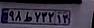
۹۸ط۷۳۲۱۳